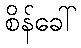
စိန်ခေါ်